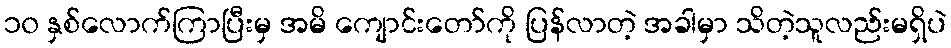
၁၀ နှစ်လောက်ကြာပြီးမှ အမိ ကျောင်းတော်ကို ပြန်လာတဲ့ အခါမှာ သိတဲ့သူလည်းမရှိပဲ